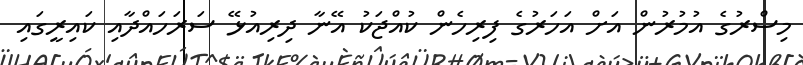
މިސްރުގެ އުމުރުން އަށް އަހަރުގެ ފިރިހެން ކުއްޖަކު އޭނާ ދިރިއުޅޭ ސަރަހައްދާއި ކައިރީގައި